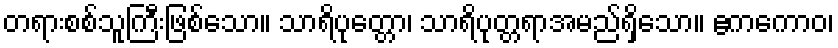
တရားစစ်သူကြီးဖြစ်သော။ သာရိပုတ္တော၊ သာရိပုတ္တရာအမည်ရှိသော။ ဧကကောဝ၊